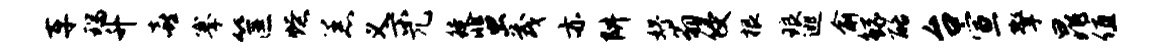
车瑞升喜搴筐燎恙义示兀徒蜚茂亦阱妤翁侵根琅逃俞鲧酪台宣擎晁值